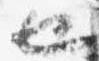
也